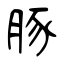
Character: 豚